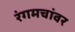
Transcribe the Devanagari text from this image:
रंगमचांवर